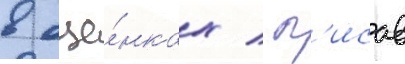
в оце́нках / п'исав